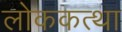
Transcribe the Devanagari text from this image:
लोककत्था